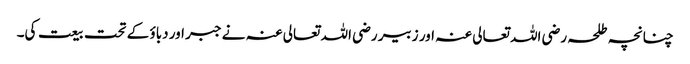
چنانچہ طلحہ رضی اللہ تعالی عنہ اور زبیر رضی اللہ تعالی عنہ نے جبر اور دباؤ کے تحت بیعت کی۔